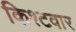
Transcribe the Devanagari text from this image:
किश्टवार